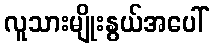
လူသားမျိုးနွယ်အပေါ်